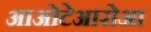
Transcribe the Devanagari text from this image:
आओटेआरोआ